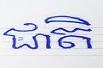
ជាតិ